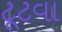
ટૂટવા